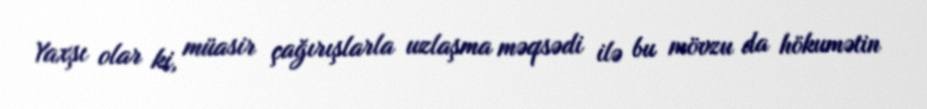
Yaxşı olar ki, müasir çağırışlarla uzlaşma məqsədi ilə bu mövzu da hökumətin